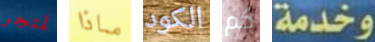
لمتجر ماذا الكود كم وخدمة